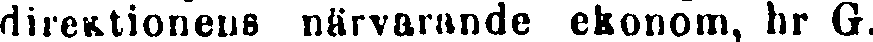
direktionens närvarande ekonom, hr G.